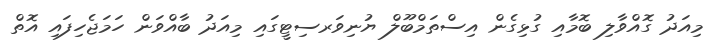
މިއަދު ގޮއްވާލި ބޮމާއި ގުޅިގެން އިސްތަމްބޫލް ޔުނިވަރސިޓީގައި މިއަދު ބާއްވަން ހަމަޖެހިފައި އޮތް